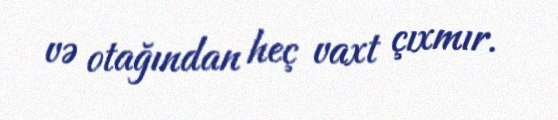
və otağından heç vaxt çıxmır.